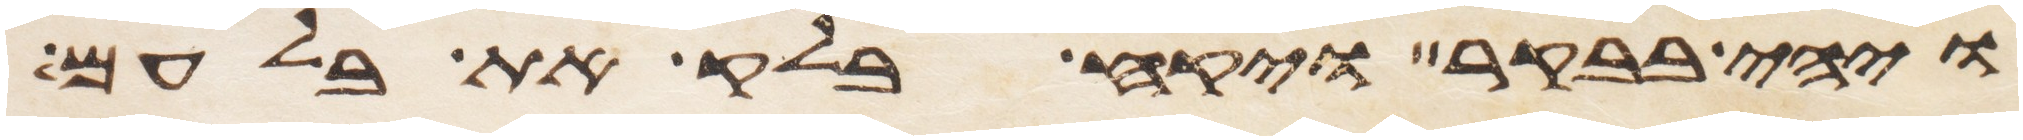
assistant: ויהי בבקר ויקח בלק את בלעם